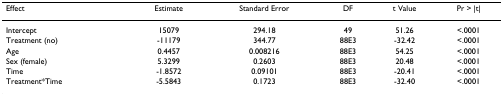
| Effect | Estimate | Standard Error | DF | t Value | Pr > |t| |
 | --- | --- | --- | --- | --- | --- |
 | Intercept | 15079 | 294.18 | 49 | 51.26 | <.0001 |
 | Treatment (no) | -11179 | 344.77 | 88E3 | -32.42 | <.0001 |
 | Age | 0.4457 | 0.008216 | 88E3 | 54.25 | <.0001 |
 | Sex (female) | 5.3299 | 0.2603 | 88E3 | 20.48 | <.0001 |
 | Time | -1.8572 | 0.09101 | 88E3 | -20.41 | <.0001 |
 | Treatment*Time | -5.5843 | 0.1723 | 88E3 | -32.40 | <.0001 |